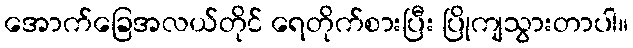
အောက်ခြေအလယ်တိုင် ရေတိုက်စားပြီး ပြိုကျသွားတာပါ။